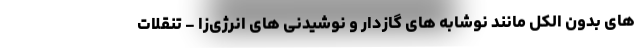
های بدون الکل مانند نوشابه های گازدار و نوشیدنی های انرژی‌زا - تنقلات